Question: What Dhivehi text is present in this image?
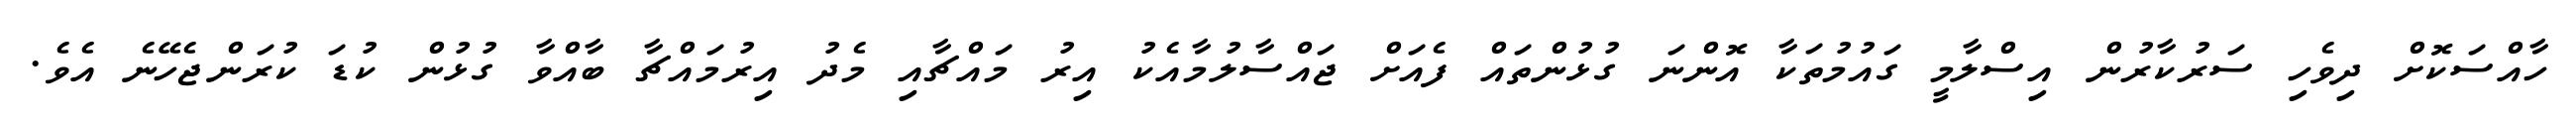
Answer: ހާއްސަކޮށް ދިވެހި ސަރުކާރުން އިސްލާމީ ގައުމުތަކާ އޮންނަ ގުޅުންތައް ފެއަށް ޖައްސާލުމާއެކު އިރު މައްޗާއި މެދު އިރުމައްޗާ ބާއްވާ ގުޅުން ކުޑަ ކުރަންޖެހޭނެ އެވެ.